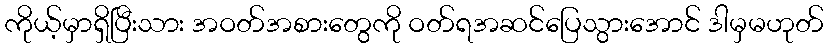
ကိုယ့်မှာရှိပြီးသား အဝတ်အစားတွေကို ဝတ်ရအဆင်ပြေသွားအောင် ဒါမှမဟုတ်